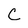
Character: C